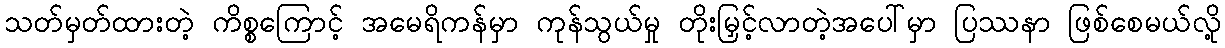
သတ်မှတ်ထားတဲ့ ကိစ္စကြောင့် အမေရိကန်မှာ ကုန်သွယ်မှု တိုးမြှင့်လာတဲ့အပေါ်မှာ ပြဿနာ ဖြစ်စေမယ်လို့